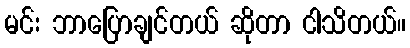
မင်း ဘာပြောချင်တယ် ဆိုတာ ငါသိတယ်။